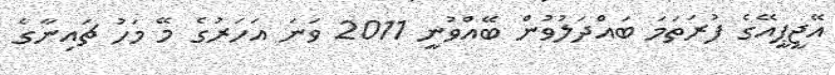
އޭޖީޕީއޭގެ ފުރަތަމަ ބައްދަލުވުން ބޭއްވުނީ 2011 ވަނަ އަހަރުގެ މޭ މަހު ޗައިނާގެ